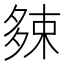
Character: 𡖯